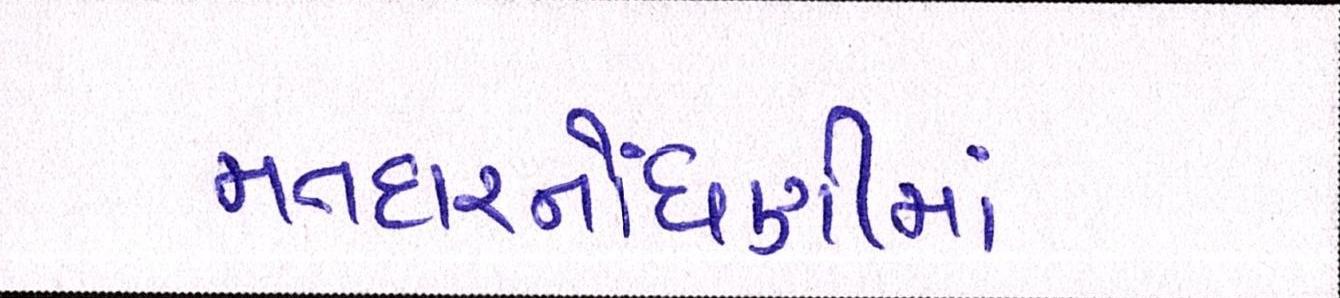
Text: મતદારનોંધણીમાં